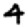
Digit: 4